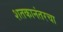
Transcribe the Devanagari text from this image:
शतकानंतरचा